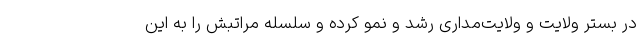
در بستر ولایت و ولایت‌مداری رشد و نمو کرده و سلسله مراتبش را به این